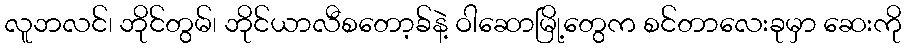
လူဘလင်၊ ဘိုင်တွမ်၊ ဘိုင်ယာလီစတော့ခ်နဲ့ ဝါဆောမြို့တွေက စင်တာလေးခုမှာ ဆေးကို